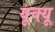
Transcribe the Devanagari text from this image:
यूक्यू